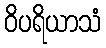
ဝိပရိယာသံ